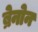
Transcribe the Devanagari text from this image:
ब्रेनोन